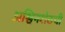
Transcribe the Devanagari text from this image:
अश्विनशेठची